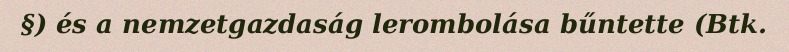
§) és a nemzetgazdaság lerombolása bűntette (Btk.